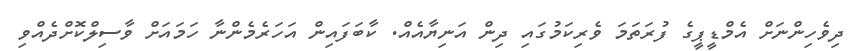
ދިވެހިންނަށް އެމްޑީޕީގެ ފުރަތަމަ ވެރިކަމުގައި ދިން އަނިޔާއެއް. ކާބަފައިން އަހަރެމެންނާ ހަމައަށް ވާސިލްކޮށްދެއްވި